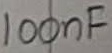
Text: 100nF